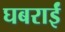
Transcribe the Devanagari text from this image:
घबराईं